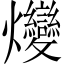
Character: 𤓩